Scottish Leaving Certificate Examination, 1956
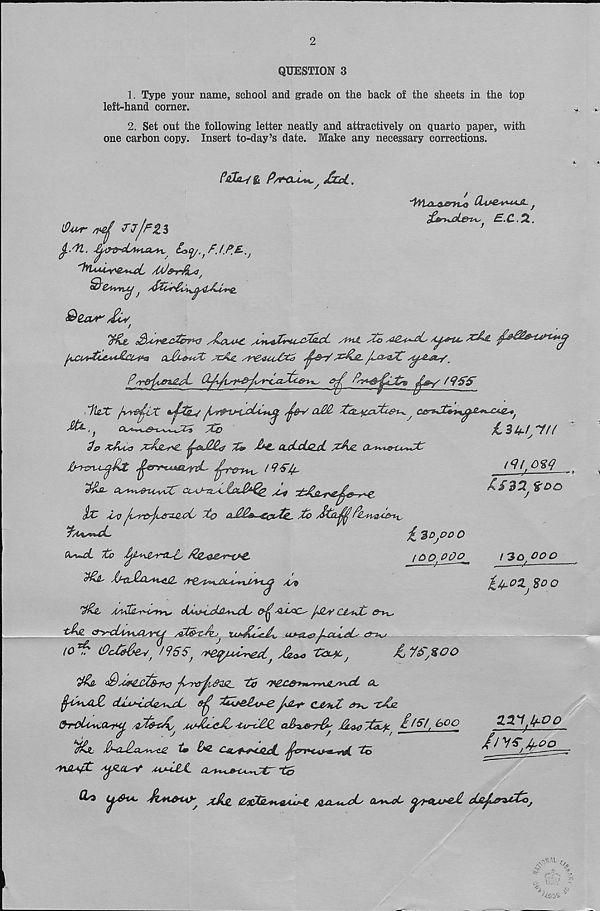
2
QUESTION 3
1. Type your name, school and grade on the hack of the sheets in the top
left-hand corner.
2. Set out the following letter neatly and attractively on quarto paper, with
one carbon copy. Insert to-day’s date. Make any necessary corrections.
pACLSg P/+OU**.; &cL .
•IWLcL&cm* CLu&vmjL j
n
/>
f
£.£* .si .
i9ur ml JJ/PZl
£<W
/
a£is&^t
/ /La^C
d&Y f9$&
(<U'Q%P
££32; too
/ 3 a oo o
i^oz^oo
. 'M&X fw&liX
/L--rp~v~i,cLC+i£i ^{fr/ cl££
^
Xb
'
^34/W
£p X&AsO
%»
CuLcLqjL
£L^ijfrCu%SC
fa^zru^j&Jt ^v^myrd-
{ i ?£4-
Qs^sis&tlyi/CZP CLAj~£&yiXj&££^g
>>~ C,
&z Zv lLsyfrjL£Ti&X?C Xo aj££&-4c i ut£_ Xb
P&yn&P&Txs
£ tDjDO O
A^w^. tb Xjb+^gsY-a-Zy £ZiZ^£s7Hf&.
(DO ODo
'$PjL
A/9
Xp-IL A/\Xbyr~ls1v\s c(A4M/d^^c(y
&LGC^ Jj2sV CJytZLs &~H~>
t£\S. &>-cLii+JVrrCj Xt&tJvj; ixtJfXX u+rfi € ,JL_r* < /S^
to 7^ (£ > cMe^/ ) /95£ > svefyuZr&X^
t<x^c j
j^VS^oo
x£jl
Xb
a,
dZuXjAayi^cC
XcZeJltr~£
c&hZ a^, -zJjz
0-rol4s*\,asi<<j,
Ai^XcAi^y 'UrZPP, aht&vpd XkwXbLjc £, boo
22 < 1 i t{.OQ
‘ifdjL £bl£lxx^s<JZ t» &G. CsSUt^XjzdL
Xo
X£j l/--C>0__
'Yiiuft
MjXJLL OyVv^iy^tr -to
aJLh /ZxX&yftAtAA^C /^AL^UycX
c£&£&z££X>j